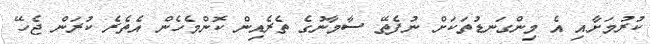
ކުރުމަށާއި އެ މިންގަނޑުތަކަށް ނުފެތޭ ސާމާނުގެ ތެރެއިން ކޮންމެހެން އެތެރެ ކުރަން ޖެހޭ